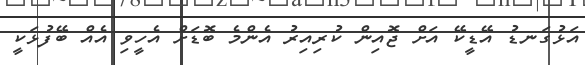
އަޅުގަނޑު އޭޑީކޭ އަށް ޖޮއިން ކުރިއިރު އެންމެ ބޮޑަށް އެހީވި އެއް ބޭފުޅަކީ